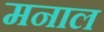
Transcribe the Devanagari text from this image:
मनाल